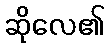
ဆိုလေ၏